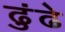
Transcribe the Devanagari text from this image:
ढुंढे